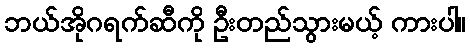
ဘယ်အိုဂရက်ဆီကို ဦးတည်သွားမယ့် ကားပါ။